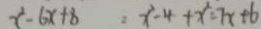
x ^ { 2 } - 6 x + 8 : x ^ { 2 } - 4 + x ^ { 2 } = 7 x + 6